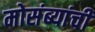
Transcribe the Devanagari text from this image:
मोसंब्यांची